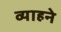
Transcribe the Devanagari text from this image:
व्याहने